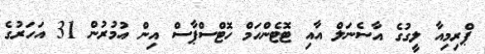
ޕްރިމިއާ ލީގުގެ އާސެނަލް އާއި ޓޮޓެންހަމް ހޮޓްސްޕާސް އިން އުމުރުން 31 އަހަރުގެ